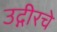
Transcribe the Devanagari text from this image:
उद्गीरचे